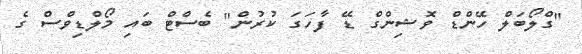
"ގްލޯބަލް ހޭންޑް ވޮޝިންގް ޑޭ ފާހަގަ ކުރުން" ބެސްޓް ބައި މޯލްޑިވްސް ގެ